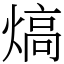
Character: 熇